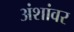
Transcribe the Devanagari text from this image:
अंशांवर